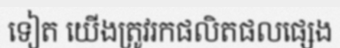
ទៀត យើងត្រូវរកផលិតផលផ្សេង